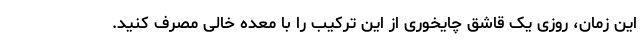
این زمان، روزی یک قاشق چایخوری از این ترکیب را با معده خالی مصرف کنید.